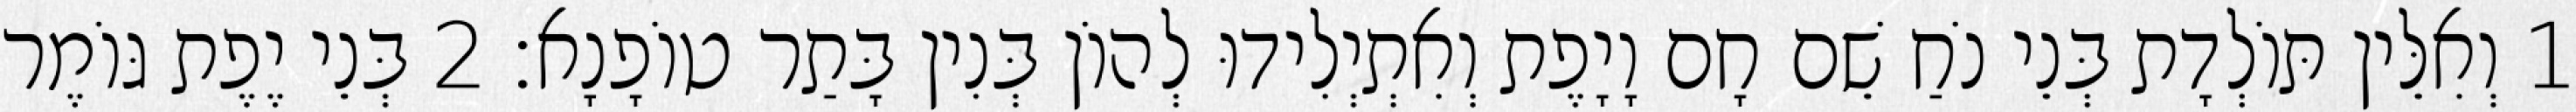
1 וְאִלֵּין תּוֹלְדָת בְּנֵי נֹחַ שֵׁם חָם וָיָפֶת וְאִתְיְלִידוּ לְהוֹן בְּנִין בָּתַר טוֹפָנָא׃ 2 בְּנֵי יֶפֶת גּוֹמֶר